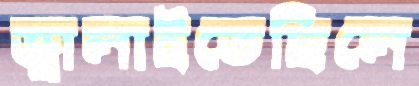
জ্বালাইতেছিলে